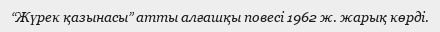
“Жүрек қазынасы” атты алғашқы повесі 1962 ж. жарық көрді.